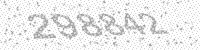
Solution: 298842